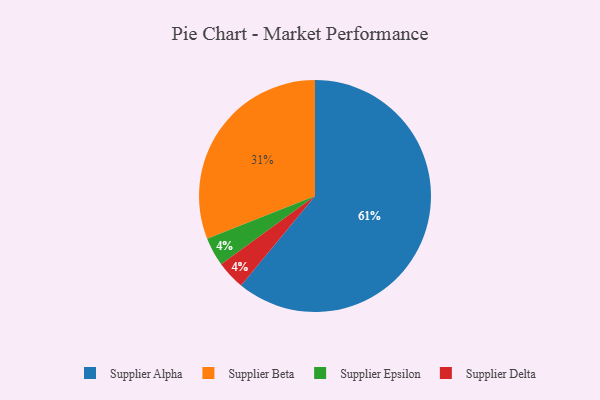
{"axis": {"x": "Category", "y": "Percentage"}, "legend": ["Supplier Alpha", "Supplier Beta", "Supplier Delta", "Supplier Epsilon"], "data": [{"x": "Supplier Beta", "y": 31, "type": "Supplier Beta"}, {"x": "Supplier Epsilon", "y": 4, "type": "Supplier Epsilon"}, {"x": "Supplier Delta", "y": 4, "type": "Supplier Delta"}, {"x": "Supplier Alpha", "y": 61, "type": "Supplier Alpha"}]}